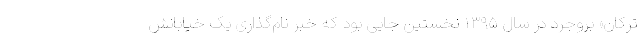
ترکان» بروجرد در سال ۱۳۹۵ نخستین جایی بود که خبر نام‌گذاری یک خیابانش